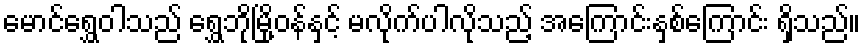
မောင်ရွှေဝါသည် ရွှေဘိုမြို့ဝန်နှင့် မလိုက်ပါလိုသည့် အကြောင်းနှစ်ကြောင်း ရှိသည်။